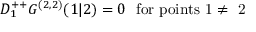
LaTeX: D _ { 1 } ^ { + + } G ^ { ( 2 , 2 ) } ( 1 \vert 2 ) = 0 \ \ \mathrm { f o r ~ p o i n t s ~ 1 \neq ~ 2 ~ }